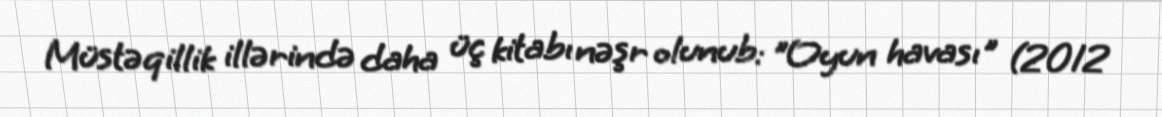
Müstəqillik illərində daha üç kitabı nəşr olunub: "Oyun havası" (2012